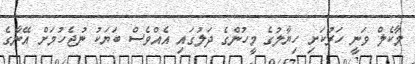
މާކެލް ވަނީ ހަރުކަށި ހިޔާލުގެ މީހުންގެ ދަލުގައި އެއްވެސް ބަޔަކު ނުޖެހުމަށް އޭނާގެ